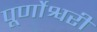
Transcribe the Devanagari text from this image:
पूर्णोश्वरी